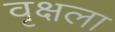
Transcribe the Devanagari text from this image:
वृक्षला